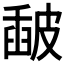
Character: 𥀈